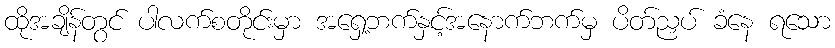
ထိုအချိန်တွင် ပါလက်စတိုင်းမှာ အရှေ့ဘက်နှင့်အနောက်ဘက်မှ ပိတ်ညှပ် ခံနေ ရသော